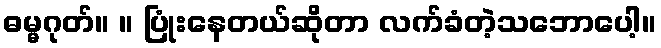
ဓမ္မဂုတ်။ ။ ပြုံးနေတယ်ဆိုတာ လက်ခံတဲ့သဘောပေါ့။